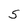
Character: 5